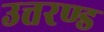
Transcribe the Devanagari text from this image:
उत्तरण्ड